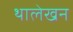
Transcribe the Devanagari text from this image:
थालेखन